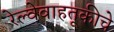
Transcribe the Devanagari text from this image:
रेल्वेवाहतूकीचे